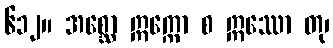
၆၁၂။ အစ္ဆော ဣက္ကော စ ဣဿော တု၊